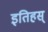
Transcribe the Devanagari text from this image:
इतिहस्